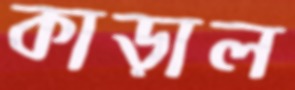
কাড়াল